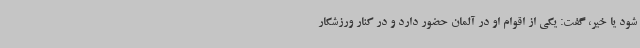
شود یا خیر، گفت: یکی از اقوام او در آلمان حضور دارد و در کنار ورزشکار